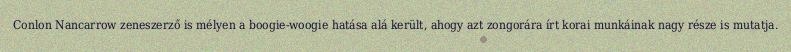
Conlon Nancarrow zeneszerző is mélyen a boogie-woogie hatása alá került, ahogy azt zongorára írt korai munkáinak nagy része is mutatja.